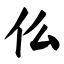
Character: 仫